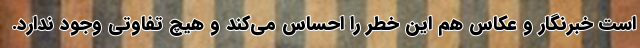
است خبرنگار و عکاس هم این خطر را احساس می‌کند و هیچ تفاوتی وجود ندارد.